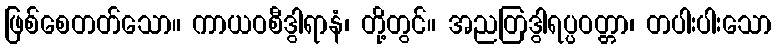
ဖြစ်စေတတ်သော။ ကာယဝစီဒွါရာနံ၊ တို့တွင်။ အညတြဒွါရပ္ပဝတ္တာ၊ တပါးပါးသော